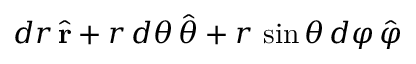
d r \, { \hat { \mathbf { r } } } + r \, d \theta \, { \hat { \boldsymbol { \theta } } } + r \, \sin \theta \, d \varphi \, { \hat { \boldsymbol { \varphi } } }